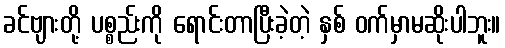
ခင်ဗျားတို့ ပစ္စည်းကို ရောင်းတာပြီးခဲ့တဲ့ နှစ် ဝက်မှာမဆိုးပါဘူး။